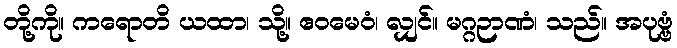
တို့ကို။ ကရောတိ ယထာ၊ သို့။ ဧဝမေဝံ၊ လျှင်။ မဂ္ဂဉာဏံ၊ သည်။ အပုဗ္ဗံ